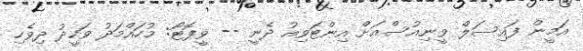
އަމީން ފައިސަލް ވީނިއުސްއަށް އިންޓަވިއު ދެނީ -- ވީފޮޓޯ: މުހައްމަދު ވަހީދު ދިވެހި